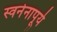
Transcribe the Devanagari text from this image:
स्वनेनापूर्य